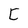
Character: C